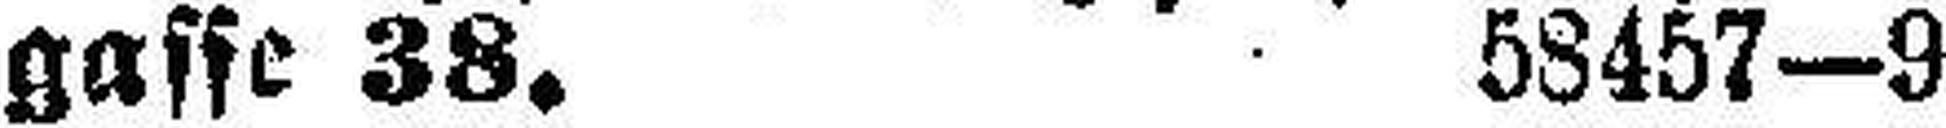
gasse 38. 58457—9